Civil Veterinary Department Bihar reports 1940-50 - 1940-1950
Year: 1940
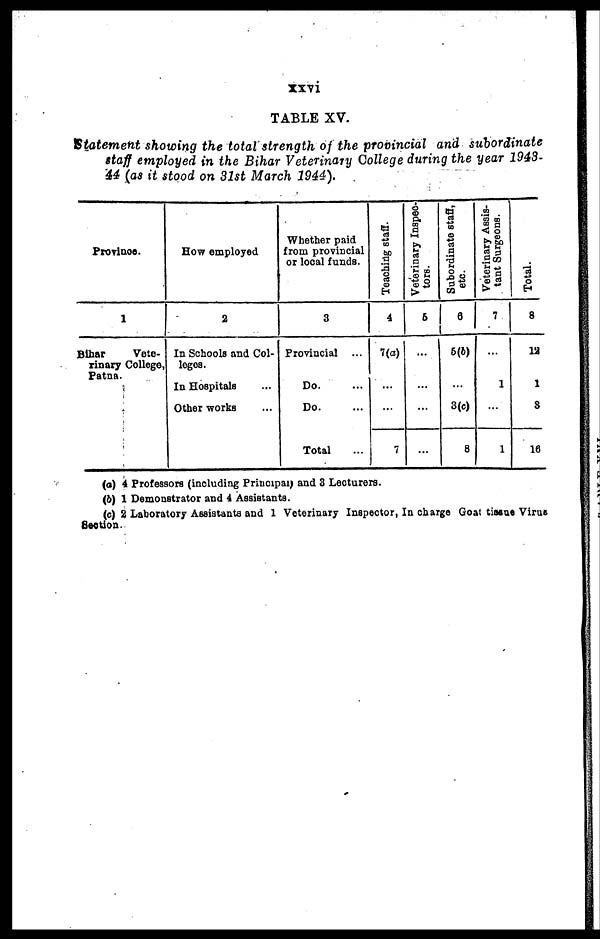
xxvi
TABLE XV.
Statement showing the total strength of the provincial and subordinate
staff employed in the Bihar Veterinary College during the year 1943-
44 (as it stood on 31st March 1944).
Province.
1
Bihar
Vete-
rinary College,
Patna.
How employed
2
In Schools and Col-
leges.
In Hospitals ...
Other works ...
Whether paid
from provincial
or local funds.
3
Provincial ...
Do. ...
Do. ...
Total ...
Teaching staff.
4
7(a)
...
...
7
Veterinary Inspec-
tors.
5
...
...
...
...
Subordinate staff,
etc.
6
5(b)
...
3(c)
8
Veterinary Assis-
tant Surgeons.
7
...
1
...
1
Total.
8
12
1
3
16
(a) 4 Professors (including Principal) and 3 Lecturers.
(b) 1 Demonstrator and 4 Assistants.
(c) 2 Laboratory Assistants and 1 Veterinary Inspector, In charge Goat tissue Virus
Section.